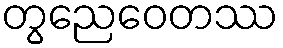
တွညေဝေတဿ